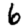
Digit: 6